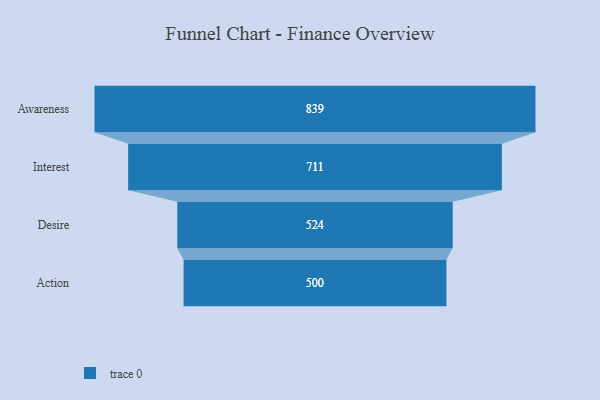
{"axis": {"x": "Stage", "y": "Value"}, "legend": [""], "data": [{"x": "Awareness", "y": 839.0, "type": ""}, {"x": "Interest", "y": 711.0, "type": ""}, {"x": "Desire", "y": 524.0, "type": ""}, {"x": "Action", "y": 500, "type": ""}]}